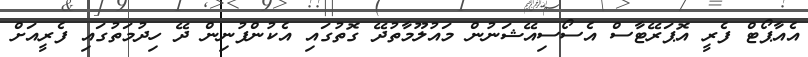
އެއާޕޯޓް ފެރީ އޮޕަރޭޓާސް އެސޯސިއޭޝަނުން މައުލޫމާތުދޭ ގޮތުގައި އެކުންފުނިން ދޭ ހިދުމަތުގައި ފެރީއަށް